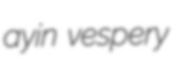
ayin vespery